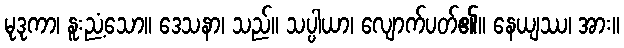
မုဒုကာ၊ နူးညံ့သော။ ဒေသနာ၊ သည်။ သပ္ပါယာ၊ လျောက်ပတ်၏။ နေယျဿ၊ အား။